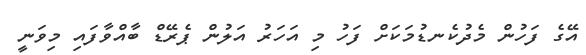
އޭގެ ފަހުން މެދުކެނޑުމަކަށް ފަހު މި އަހަރު އަލުން ޕެރޭޑް ބާއްވާފައި މިވަނީ